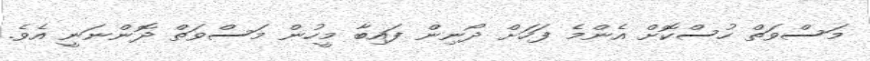
މަސްވަތް ހުސްކޮށް އެންމެ ފަހަށް ދޯނިން ފައިބާ މީހުން މަސްވަތް ދޮންނަނީ އެވެ.